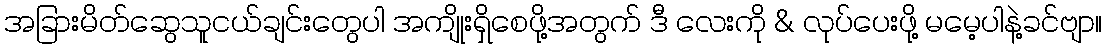
အခြားမိတ်ဆွေသူငယ်ချင်းတွေပါ အကျိုးရှိစေဖို့အတွက် ဒီ လေးကို & လုပ်ပေးဖို့ မမေ့ပါနဲ့ခင်ဗျာ။